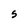
Character: S